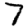
Digit: 7